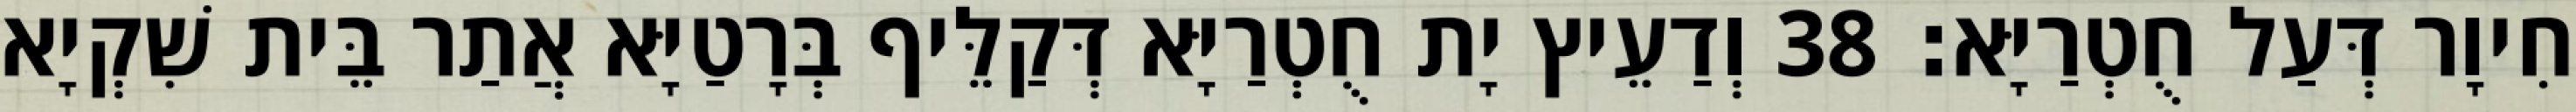
חִיוָר דְּעַל חֻטְרַיָּא׃ 38 וְדַעֵיץ יָת חֻטְרַיָּא דְּקַלֵּיף בְּרָטַיָּא אֲתַר בֵּית שִׁקְיָא